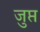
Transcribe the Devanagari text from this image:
जुप्त